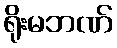
ရိုးမဘဏ်